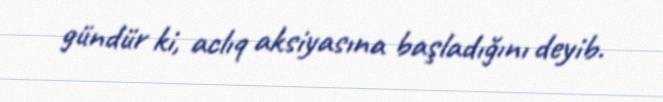
gündür ki, aclıq aksiyasına başladığını deyib.